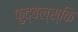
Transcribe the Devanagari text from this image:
फुद्बल्स्कि